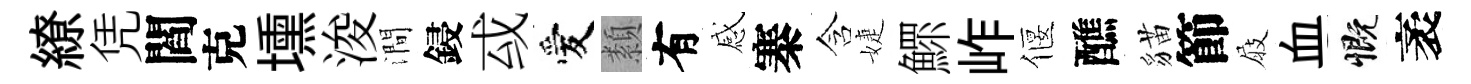
繚凭閻克壎浚澗鋟㦯愛纇有感寨含婕鰥岞偃醮貓節屐血慨袤